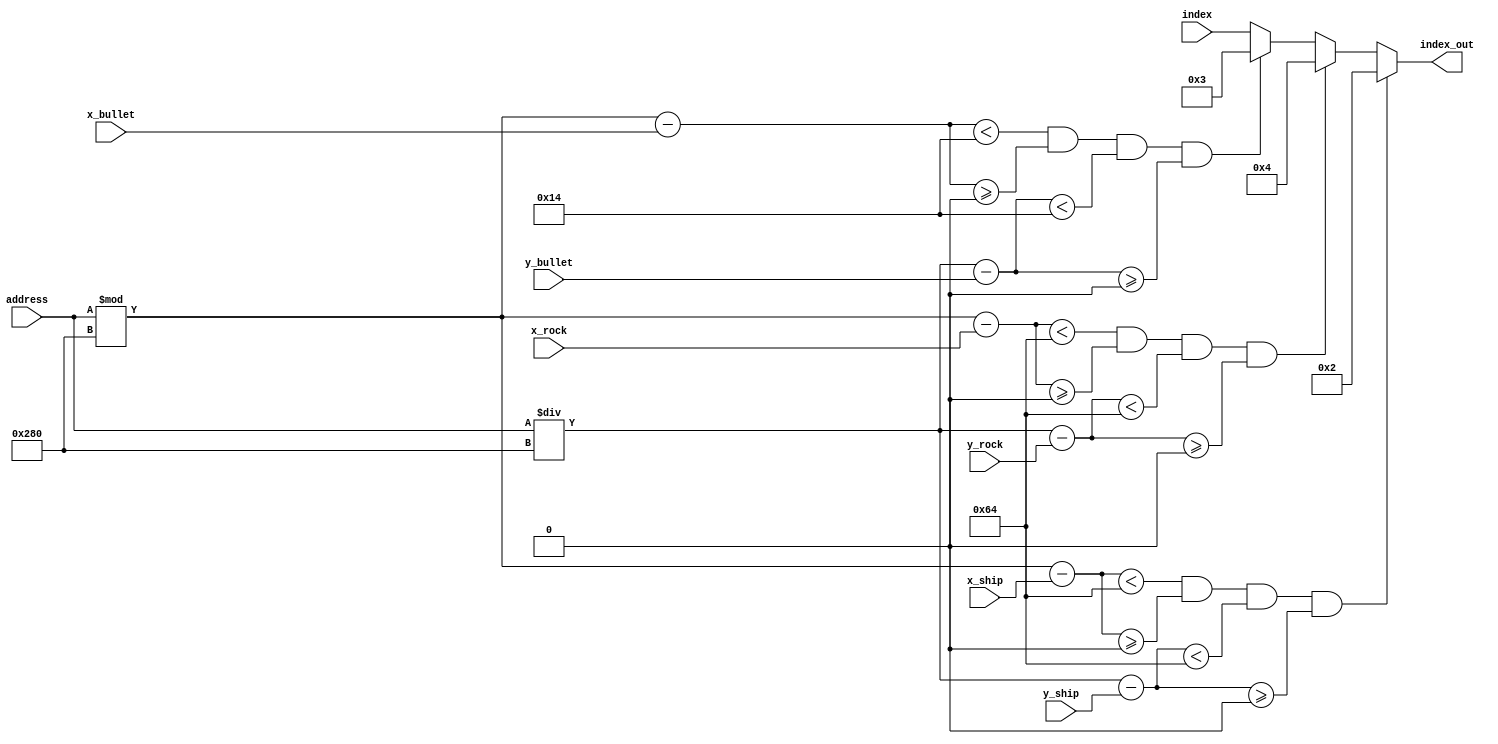
module index_selector(address, x_ship, y_ship, x_bullet, y_bullet, x_rock, y_rock, index, index_out);

	input [18:0] address, x_ship, y_ship;
	// BULLET 
	input [18:0] x_bullet, y_bullet;
	// ASTEROIDS
	input [18:0] x_rock, y_rock;

	input [7:0] index;
	output [7:0] index_out;

	wire [18:0] curr_x, curr_y;	
	assign curr_x = address % 19'd640;
	assign curr_y = address / 19'd640;
	
	wire [18:0] h_ship, w_ship;
	assign h_ship = 19'd100;
	assign w_ship = 19'd100;

	wire [18:0] h_bullet, w_bullet;
	assign h_bullet = 19'd20;
	assign w_bullet = 19'd20;
	
	wire [18:0] h_rock, w_rock;
	assign h_rock = 19'd100;
	assign w_rock = 19'd100;

	wire slct_ship, slct_bullet, slct_rock;
	assign slct_ship =   (curr_x - x_ship < w_ship && curr_x - x_ship  >= 19'd0 && curr_y - y_ship < h_ship && curr_y - y_ship >= 19'd0);
	assign slct_bullet = (curr_x - x_bullet < w_bullet && curr_x - x_bullet >= 19'd0 && curr_y - y_bullet < h_bullet && curr_y - y_bullet >= 19'd0);
	assign slct_rock = (curr_x - x_rock < w_rock && curr_x - x_rock >= 19'd0 && curr_y - y_rock < h_rock && curr_y - y_rock >= 19'd0);
	wire [7:0] first, second;
	assign first = slct_bullet ? 8'd3 : index;
	assign second = slct_rock ? 8'd4 : first;
	assign index_out = slct_ship ? 8'd2 : second;

endmodule